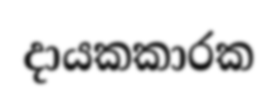
දායකකාරක